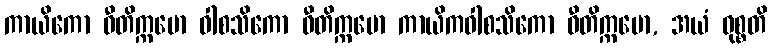
ကာယိကော ဝီတိက္ကမော ဝါစသိကော ဝီတိက္ကမော ကာယိကဝါစသိကော ဝီတိက္ကမော, အယံ ဝုစ္စတိ